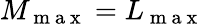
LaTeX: M_{\mathrm{~m~a~x~}}=L_{\mathrm{~m~a~x~}}